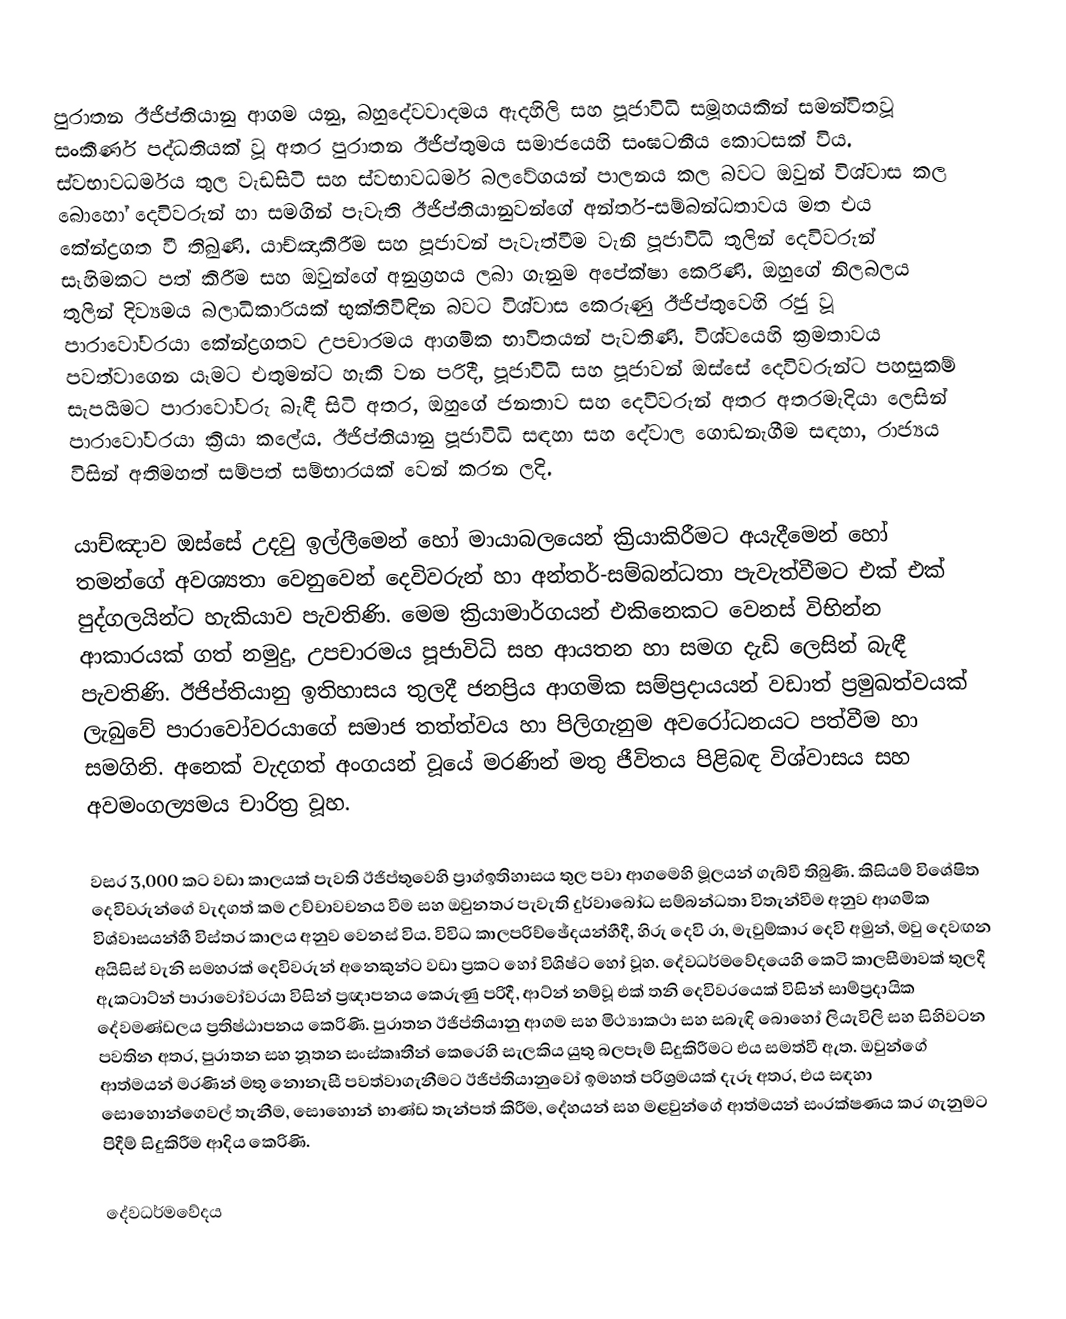
පුරාතන ඊජිප්තියානු ආගම යනු, බහුදේවවාදමය ඇදහිලි සහ පූජාවිධි සමූහයකින් සමන්විතවූ සංකීර්ණ පද්ධතියක් වූ අතර  පුරාතන ඊජිප්තුමය සමාජයෙහි සංඝටනීය කොටසක් විය. ස්වභාවධර්මය තුල වැඩසිටි සහ ස්වභාවධර්ම බලවේගයන් පාලනය කල බවට ඔවුන් විශ්වාස කල බොහෝ  දෙවිවරුන් හා සමගින් පැවැති  ඊජිප්තියානුවන්ගේ අන්තර්-සම්බන්ධතාවය මත එය කේන්ද්‍රගත වී තිබුණි. යාච්ඤාකිරීම සහ පූජාවන් පැවැත්වීම වැනි පූජාවිධි තුලින් දෙවිවරුන් සෑහිමකට පත් කිරීම සහ ඔවුන්ගේ අනුග්‍රහය ලබා ගැනුම අපේක්ෂා කෙරිණි. ඔහුගේ නිලබලය තුලින් දිව්‍යමය බලාධිකාරියක් භුක්තිවිඳින බවට විශ්වාස කෙරුණු ඊජිප්තුවෙහි රජු වූ පාරාවෝවරයා කේන්ද්‍රගතව උපචාරමය ආගමික භාවිතයන් පැවතිණි. විශ්වයෙහි ක්‍රමතාවය පවත්වාගෙන යෑමට එතුමන්ට හැකි වන පරිදී, පූජාවිධි  සහ පූජාවන් ඔස්සේ දෙවිවරුන්ට පහසුකම් සැපයීමට පාරාවෝවරු බැඳී සිටි අතර, ඔහුගේ ජනතාව සහ දෙවිවරුන් අතර අතරමැදියා ලෙසින් පාරාවෝවරයා ක්‍රියා කලේය. ඊජිප්තියානු පූජාවිධි සඳහා සහ දේවාල ගොඩනැගීම සඳහා, රාජ්‍යය විසින් අතිමහත් සම්පත් සම්භාරයක් වෙන් කරන ලදි.

යාච්ඤාව ඔස්සේ උදවු ඉල්ලීමෙන් හෝ මායාබලයෙන් ක්‍රියාකිරීමට අයැදීමෙන් හෝ තමන්ගේ අවශ්‍යතා වෙනුවෙන් දෙවිවරුන් හා අන්තර්-සම්බන්ධතා පැවැත්වීමට එක් එක් පුද්ගලයින්ට හැකියාව පැවතිණි. මෙම ක්‍රියාමාර්ගයන් එකිනෙකට වෙනස් විභින්න ආකාරයක් ගත් නමුදු, උපචාරමය පූජාවිධි සහ ආයතන හා සමග දැඩි ලෙසින් බැඳී පැවතිණි. ඊජිප්තියානු ඉතිහාසය තුලදී ජනප්‍රිය ආගමික සම්ප්‍රදායයන් වඩාත් ප්‍රමුඛත්වයක්  ලැබුවේ පාරාවෝවරයාගේ සමාජ තත්ත්වය හා පිලිගැනුම අවරෝධනයට පත්වීම හා සමගිනි. අනෙක් වැදගත් අංගයන් වූයේ මරණින් මතු ජීවිතය පිළිබඳ විශ්වාසය සහ  අවමංගල්‍යමය චාරිත්‍ර වූහ.

වසර 3,000 කට වඩා කාලයක් පැවති ඊජිප්තුවෙහි ප්‍රාග්ඉතිහාසය තුල පවා ආගමෙහි මූලයන් ගැබ්වී තිබුණි.  කිසියම් විශේෂිත දෙවිවරුන්ගේ වැදගත් කම උච්චාවචනය වීම සහ ඔවුනතර පැවැති දුර්වාබෝධ සම්බන්ධතා විතැන්වීම අනුව ආගමික විශ්වාසයන්හී විස්තර   කාලය අනුව වෙනස් විය. විවිධ කාලපරිච්ඡේදයන්හීදී, හිරු දෙවි රා, මැවුම්කාර දෙවි අමුන්, මවු දෙවඟන අයිසිස් වැනි සමහරක් දෙවිවරුන් අනෙකුන්ට වඩා ප්‍රකට හෝ විශිෂ්ට හෝ වූහ. දේවධර්මවේදයෙහි කෙටි කාලසීමාවක් තුලදී ඇකටාට්න් පාරාවෝවරයා විසින් ප්‍රඥාපනය කෙරුණු පරිදී, ආට්න් නම්වූ එක් තනි දෙවිවරයෙක් විසින් සාම්ප්‍රදායික දේවමණ්ඩලය ප්‍රතිෂ්ඨාපනය කෙරිණි. පුරාතන ඊජිප්තියානු ආගම සහ මිථ්‍යාකථා සහ සබැඳි බොහෝ ලියැවිලි සහ සිහිවටන පවතින අතර, පුරාතන සහ නූතන සංස්කෘතීන් කෙරෙහි සැලකිය යුතු බලපෑම් සිදුකිරීමට එය සමත්වී ඇත. ඔවුන්ගේ ආත්මයන් මරණින් මතු නොනැසී පවත්වාගැනීමට ඊජිප්තියානුවෝ ඉමහත් පරිශ්‍රමයක් දැරූ අතර, එය සඳහා සොහොන්ගෙවල් තැනීම, සොහොන් භාණ්ඩ තැන්පත් කිරීම, දේහයන් සහ මළවුන්ගේ ආත්මයන් සංරක්ෂණය කර ගැනුමට පිදීම් සිදුකිරීම ආදිය කෙරිණි.

දේවධර්මවේදය